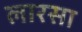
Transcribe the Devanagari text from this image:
लारसा